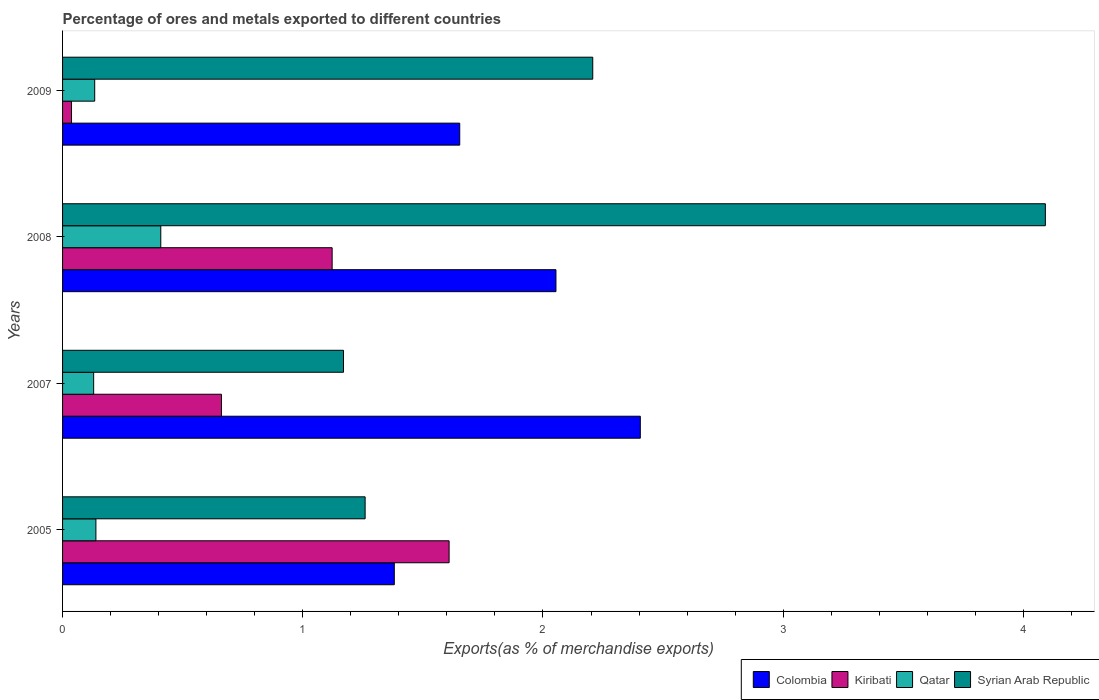
| Years | Colombia | Kiribati | Qatar | Syrian Arab Republic |
 | --- | --- | --- | --- | --- |
 | 2005 | 1.38 | 1.61 | 0.139 | 1.26 |
 | 2007 | 2.41 | 0.661 | 0.129 | 1.17 |
 | 2008 | 2.05 | 1.12 | 0.409 | 4.09 |
 | 2009 | 1.65 | 0.0373 | 0.134 | 2.21 |